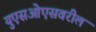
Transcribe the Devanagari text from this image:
युएसओएसवरील